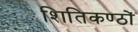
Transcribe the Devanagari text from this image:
शितिकण्ठों